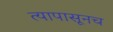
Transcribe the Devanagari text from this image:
त्यापासूनच